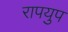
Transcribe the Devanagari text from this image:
रापयुप